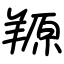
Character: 羱